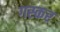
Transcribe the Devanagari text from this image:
गस्कर